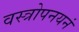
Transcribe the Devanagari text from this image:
वस्त्रोपनयनं